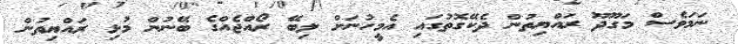
ނަމަވެސް މަގޫދޫ ރައްޔިތުން ދެކޭގޮތުގައި އެމީހުނަށް ލިބޭ ރޯއްޖެއްގެ ބޭނުން މުޅި ރައްޔިތުން